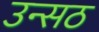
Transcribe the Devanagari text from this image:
उन्सठ